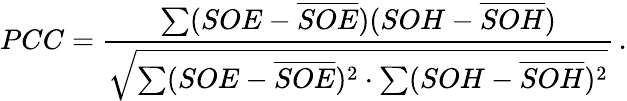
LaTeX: PCC=\frac{\sum(SOE-\overline{{SOE}})(SOH-\overline{{SOH}})}{\sqrt{\sum(SOE-\overline{{SOE}})^{2}\cdot\sum(SOH-\overline{{SOH}})^{2}}}\, .